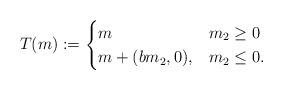
LaTeX: \begin{align*} T (m) := \begin{cases} m & m_2 \geq 0 \\ m + (bm_2,0), & m_2 \leq 0. \end{cases}\end{align*}